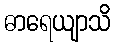
ဓာရေယျာသိ